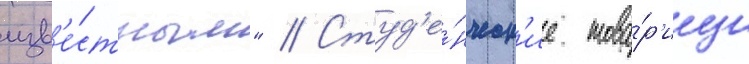
изв'е́стным" // Студ'е́нческ'ие това́р'ищи